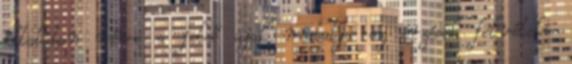
általában véve a felső ajak mutatja az érzések felvételi